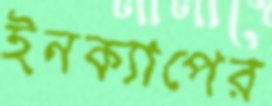
ইনক্যাপের